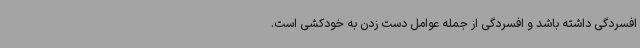
افسردگی داشته باشد و افسردگی از جمله عوامل دست زدن به خودکشی است.